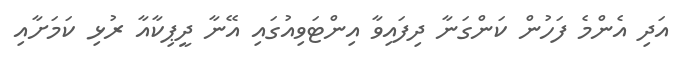
އަދި އެންމެ ފަހުން ކަންގަނާ ދިފައިވާ އިންޓަވިއުގައި އޭނާ ދީޕިކާއާ ރުޅި ކަމަށާއި